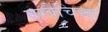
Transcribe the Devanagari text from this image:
वग्वैचित्र्या